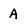
Character: A